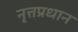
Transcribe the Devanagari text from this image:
नृत्तप्रधान